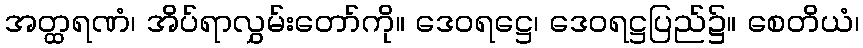
အတ္ထရဏံ၊ အိပ်ရာလွှမ်းတော်ကို။ ဒေဝရဋ္ဌေ၊ ဒေဝရဋ္ဌပြည်၌။ စေတိယံ၊